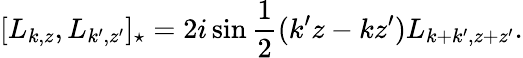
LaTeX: [L_{k,z},L_{k^{\prime},z^{\prime}}]_{\star}=2i\sin\frac{1}{2}(k^{\prime}z-kz^{\prime})L_{k+k^{\prime},z+z^{\prime}}.